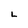
Character: L